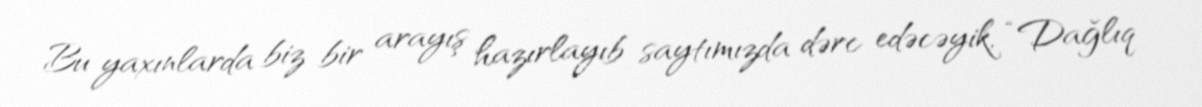
Bu yaxınlarda biz bir arayış hazırlayıb saytımızda dərc edəcəyik, “Dağlıq